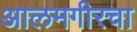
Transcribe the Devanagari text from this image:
आलमगीरचा